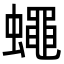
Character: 蠅